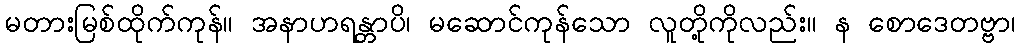
မတားမြစ်ထိုက်ကုန်။ အနာဟရန္တာပိ၊ မဆောင်ကုန်သော လူတို့ကိုလည်း။ န စောဒေတဗ္ဗာ၊